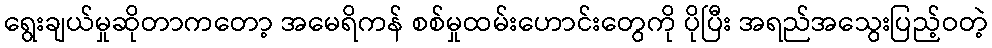
ရွေးချယ်မှုဆိုတာကတော့ အမေရိကန် စစ်မှုထမ်းဟောင်းတွေကို ပိုပြီး အရည်အသွေးပြည့်ဝတဲ့